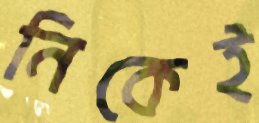
নিকেই